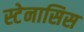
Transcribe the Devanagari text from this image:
स्टेनासिस